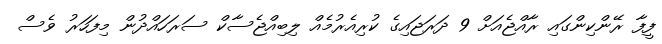
ފީފާ ރޭންކިންގައި ރާއްޖެއަށް 9 ދަރަޖައިގެ ކުރިއެރުމެއް ލިބިއްޖެސާކް ސަރަހައްދުން މިފަހަރު ވެސް